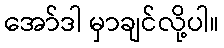
အော်ဒါ မှာချင်လို့ပါ။